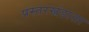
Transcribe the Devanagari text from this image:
प्रस्तरखंडाला